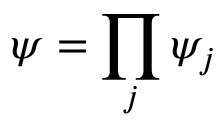
\psi = \prod _ { j } \psi _ { j }